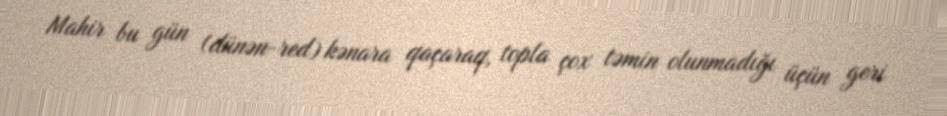
Mahir bu gün (dünən-red) kənara qaçaraq, topla çox təmin olunmadığı üçün geri